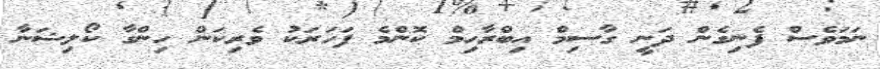
ނަމަވެސް ފެނިގެން ދަނީ ގާސިމް އިބްރާހިމް ކޮންމެ ފަހަރަކު ވެރިކަން ހިންގާ ކޯލިޝަނާ